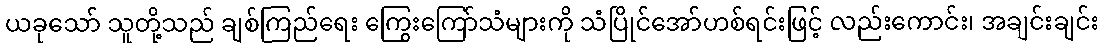
ယခုသော် သူတို့သည် ချစ်ကြည်ရေး ကြွေးကြော်သံများကို သံပြိုင်အော်ဟစ်ရင်းဖြင့် လည်းကောင်း၊ အချင်းချင်း